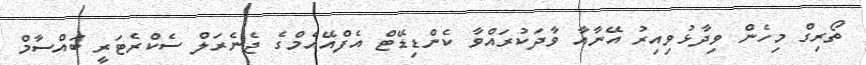
ތޯރިގް މިހެން ވިދާޅުވިއިރު އޭނާއާ ވާދަކުރައްވާ ކެންޑިޑޭޓް އެފްއޭއެމްގެ ޖެނެރަލް ސެކްރެޓަރީ ބައްސާމް